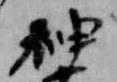
神